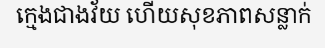
ក្មេងជាងវ័យ ហើយសុខភាពសន្លាក់